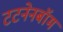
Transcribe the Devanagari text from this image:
टटनेनबॉम